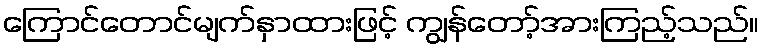
ကြောင်တောင်မျက်နှာထားဖြင့် ကျွန်တော့်အားကြည့်သည်။